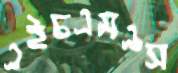
এইচএমএস